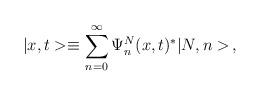
LaTeX: \begin{align*}|x,t> \equiv \sum_{n=0}^\infty \Psi_n^N(x,t)^* |N,n> \,,\end{align*}